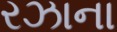
રઝાના